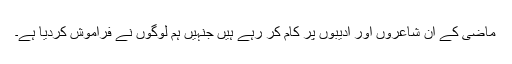
ماضی کے ان شاعروں اور ادیبوں پر کام کر رہے ہیں جنہیں ہم لوگوں نے فراموش کردیا ہے۔